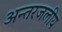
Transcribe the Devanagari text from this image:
अन्‍तरजलीय